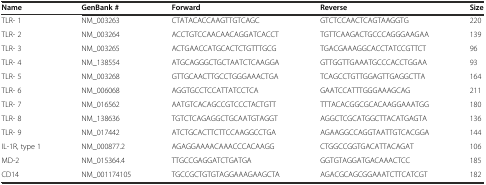
<table><thead><tr><td><b>Name</b></td><td><b>GenBank #</b></td><td><b>Forward</b></td><td><b>Reverse</b></td><td><b>Size</b></td></tr></thead><tbody><tr><td>TLR- 1</td><td>NM_003263</td><td>CTATACACCAAGTTGTCAGC</td><td>GTCTCCAACTCAGTAAGGTG</td><td>220</td></tr><tr><td>TLR- 2</td><td>NM_003264</td><td>ACCTGTCCAACAACAGGATCACCT</td><td>TGTTCAAGACTGCCCAGGGAAGAA</td><td>139</td></tr><tr><td>TLR- 3</td><td>NM_003265</td><td>ACTGAACCATGCACTCTGTTTGCG</td><td>TGACGAAAGGCACCTATCCGTTCT</td><td>96</td></tr><tr><td>TLR- 4</td><td>NM_138554</td><td>ATGCAGGGCTGCTAATCTCAAGGA</td><td>GTTGGTTGAAATGCCCACCTGGAA</td><td>93</td></tr><tr><td>TLR- 5</td><td>NM_003268</td><td>GTTGCAACTTGCCTGGGAAACTGA</td><td>TCAGCCTGTTGGAGTTGAGGCTTA</td><td>164</td></tr><tr><td>TLR- 6</td><td>NM_006068</td><td>AGGTGCCTCCATTATCCTCA</td><td>GAATCCATTTGGGAAAGCAG</td><td>211</td></tr><tr><td>TLR- 7</td><td>NM_016562</td><td>AATGTCACAGCCGTCCCTACTGTT</td><td>TTTACACGGCGCACAAGGAAATGG</td><td>180</td></tr><tr><td>TLR- 8</td><td>NM_138636</td><td>TGTCTCAGAGGCTGCAATGTAGGT</td><td>AGGCTCGCATGGCTTACATGAGTA</td><td>136</td></tr><tr><td>TLR- 9</td><td>NM_017442</td><td>ATCTGCACTTCTTCCAAGGCCTGA</td><td>AGAAGGCCAGGTAATTGTCACGGA</td><td>144</td></tr><tr><td>IL-1R, type 1</td><td>NM_000877.2</td><td>AGAGGAAAACAAACCCACAAGG</td><td>CTGGCCGGTGACATTACAGAT</td><td>106</td></tr><tr><td>MD-2</td><td>NM_015364.4</td><td>TTGCCGAGGATCTGATGA</td><td>GGTGTAGGATGACAAACTCC</td><td>185</td></tr><tr><td>CD14</td><td>NM_001174105</td><td>TGCCGCTGTGTAGGAAAGAAGCTA</td><td>AGACGCAGCGGAAATCTTCATCGT</td><td>182</td></tr></tbody></table>